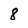
Character: 8